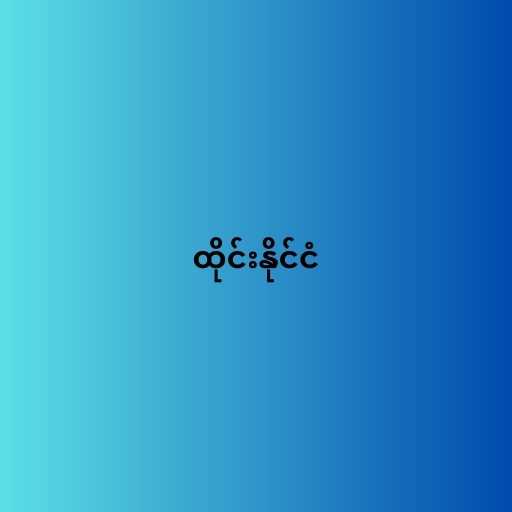
ထိုင်းနိုင်ငံ